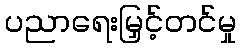
ပညာရေးမြှင့်တင်မှု